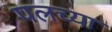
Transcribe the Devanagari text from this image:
पलच्या